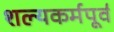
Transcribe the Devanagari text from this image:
शल्यकर्मपूर्व